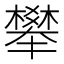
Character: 𣝴